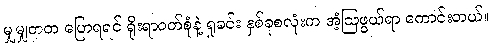
မျှမျှတတ ပြောရရင် ရိုးရာဝတ်စုံနဲ့ ရှုခင်း နှစ်ခုစလုံးက အံ့ဩဖွယ်ရာ ကောင်းတယ်။